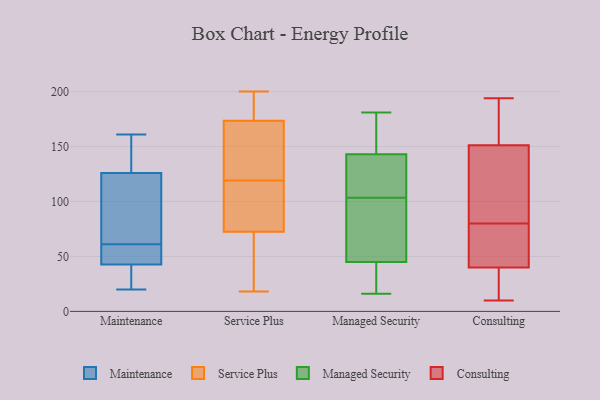
{"axis": {"x": "Revenue (USD Million)", "y": "Value"}, "legend": ["Consulting", "Maintenance", "Managed Security", "Service Plus"], "data": [{"x": "", "y": 155, "type": "Maintenance"}, {"x": "", "y": 87, "type": "Maintenance"}, {"x": "", "y": 41, "type": "Maintenance"}, {"x": "", "y": 61, "type": "Maintenance"}, {"x": "", "y": 48, "type": "Maintenance"}, {"x": "", "y": 20, "type": "Maintenance"}, {"x": "", "y": 25, "type": "Maintenance"}, {"x": "", "y": 63, "type": "Maintenance"}, {"x": "", "y": 139, "type": "Maintenance"}, {"x": "", "y": 161, "type": "Maintenance"}, {"x": "", "y": 55, "type": "Maintenance"}, {"x": "", "y": 119, "type": "Service Plus"}, {"x": "", "y": 166, "type": "Service Plus"}, {"x": "", "y": 163, "type": "Service Plus"}, {"x": "", "y": 104, "type": "Service Plus"}, {"x": "", "y": 170, "type": "Service Plus"}, {"x": "", "y": 68, "type": "Service Plus"}, {"x": "", "y": 74, "type": "Service Plus"}, {"x": "", "y": 55, "type": "Service Plus"}, {"x": "", "y": 43, "type": "Service Plus"}, {"x": "", "y": 18, "type": "Service Plus"}, {"x": "", "y": 173, "type": "Service Plus"}, {"x": "", "y": 81, "type": "Service Plus"}, {"x": "", "y": 175, "type": "Service Plus"}, {"x": "", "y": 88, "type": "Service Plus"}, {"x": "", "y": 188, "type": "Service Plus"}, {"x": "", "y": 176, "type": "Service Plus"}, {"x": "", "y": 200, "type": "Service Plus"}, {"x": "", "y": 114, "type": "Managed Security"}, {"x": "", "y": 103, "type": "Managed Security"}, {"x": "", "y": 164, "type": "Managed Security"}, {"x": "", "y": 16, "type": "Managed Security"}, {"x": "", "y": 141, "type": "Managed Security"}, {"x": "", "y": 26, "type": "Managed Security"}, {"x": "", "y": 142, "type": "Managed Security"}, {"x": "", "y": 21, "type": "Managed Security"}, {"x": "", "y": 44, "type": "Managed Security"}, {"x": "", "y": 69, "type": "Managed Security"}, {"x": "", "y": 104, "type": "Managed Security"}, {"x": "", "y": 144, "type": "Managed Security"}, {"x": "", "y": 46, "type": "Managed Security"}, {"x": "", "y": 70, "type": "Managed Security"}, {"x": "", "y": 181, "type": "Managed Security"}, {"x": "", "y": 146, "type": "Managed Security"}, {"x": "", "y": 194, "type": "Consulting"}, {"x": "", "y": 110, "type": "Consulting"}, {"x": "", "y": 46, "type": "Consulting"}, {"x": "", "y": 175, "type": "Consulting"}, {"x": "", "y": 164, "type": "Consulting"}, {"x": "", "y": 47, "type": "Consulting"}, {"x": "", "y": 10, "type": "Consulting"}, {"x": "", "y": 38, "type": "Consulting"}, {"x": "", "y": 80, "type": "Consulting"}, {"x": "", "y": 113, "type": "Consulting"}, {"x": "", "y": 28, "type": "Consulting"}]}